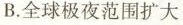
B.全球极夜范围扩大